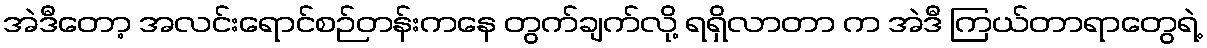
အဲဒီတော့ အလင်းရောင်စဉ်တန်းကနေ တွက်ချက်လို့ ရရှိလာတာ က အဲဒီ ကြယ်တာရာတွေရဲ့